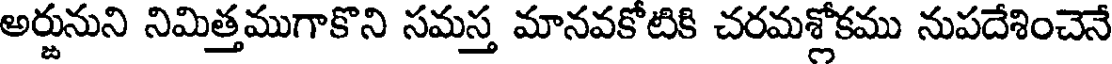
అర్జునుని నిమిత్తముగాకొని సమస్త మానవకోటికి చరమశ్లోకము నుపదేశించెనే